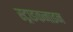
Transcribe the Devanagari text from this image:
स्ट्राइकनाइन